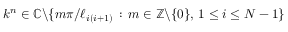
k ^ { n } \in \mathbb { C } \backslash \{ m \pi / \ell _ { i ( i + 1 ) } \, : \, m \in \mathbb { Z } \backslash \{ 0 \} , \, 1 \leq i \leq N - 1 \}